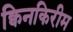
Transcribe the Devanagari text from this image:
क्विनकिरीम